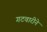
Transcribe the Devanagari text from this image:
गटवारीने